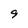
Character: 9